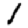
Digit: 1